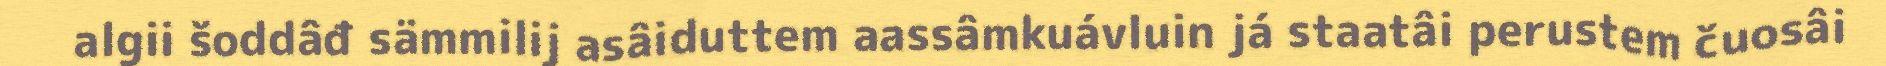
algii šoddâđ sämmilij asâiduttem aassâmkuávluin já staatâi perustem čuosâi